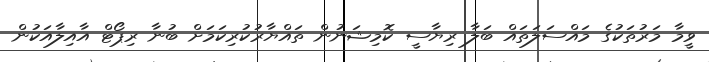
ވީމާ މަރުތަކުގެ މައްސަލަތައް ބަލާ ރިޔާސީ ކޮމިޝަނުން ތައްޔާރުކުރިކަމަށް ބުނާ ރިޕޯޓް އާއިލާއަކުން